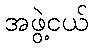
အဖွဲ့ငယ်